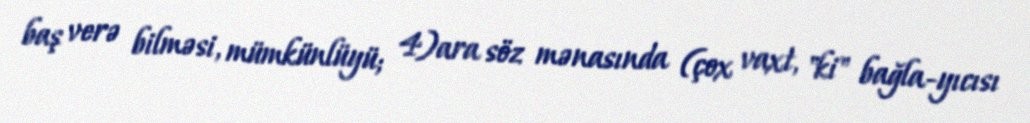
baş verə bilməsi, mümkünlüyü; 4)ara söz mənasında (çox vaxt, "ki" bağla-yıcısı